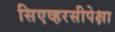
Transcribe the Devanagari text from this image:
सिएव्हरसीपेक्षा